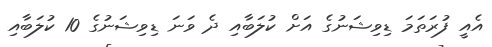
އެއީ ފުރަތަމަ ޑިވިޝަނުގެ އަށް ކުލަބާއި ދެ ވަނަ ޑިވިޝަނުގެ 10 ކުލަބާއި